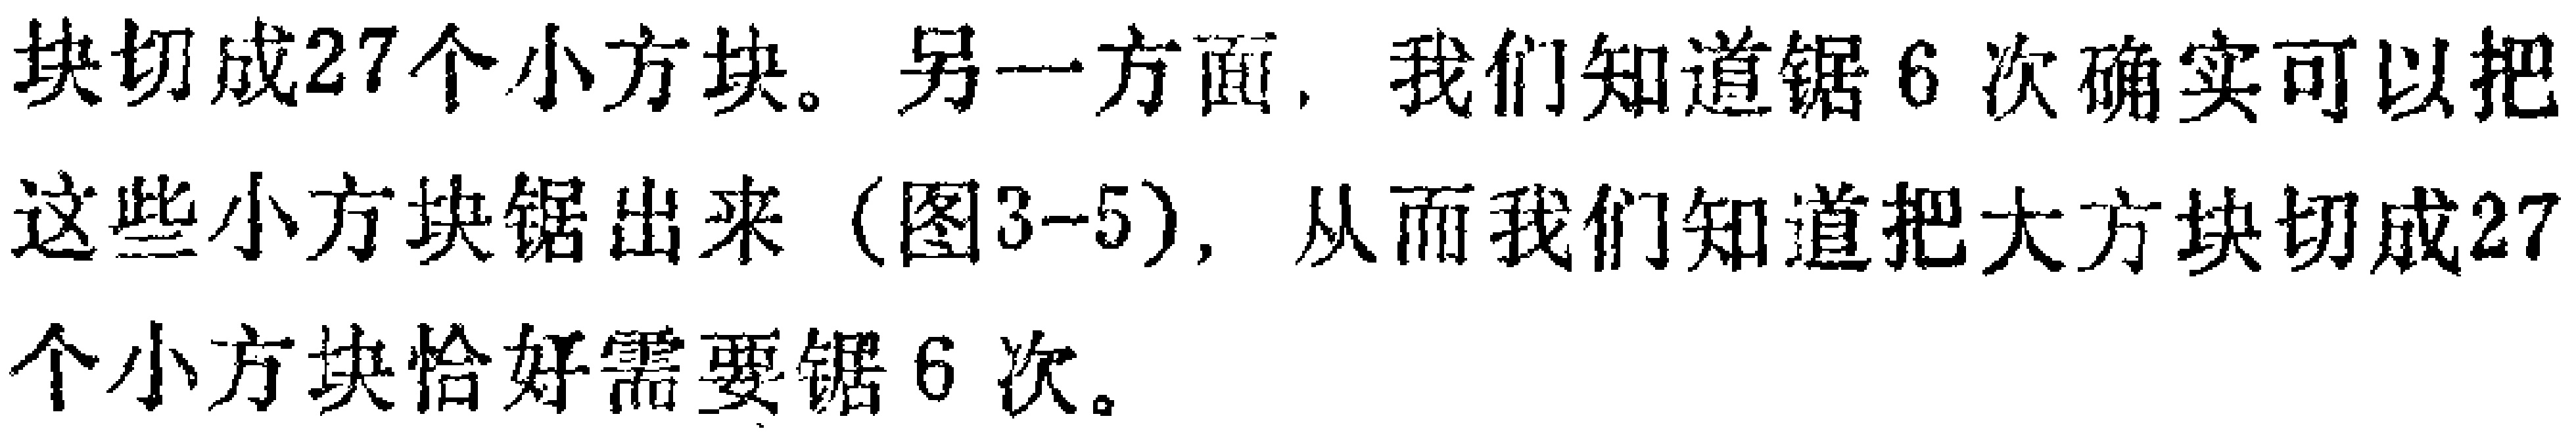
块切成27个小方块。另一方面，我们知道锯6次确实可以把这些小方块锯出来（图3-5），从而我们知道把大方块切成27个小方块恰好需要锯6次。